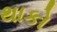
થાકો